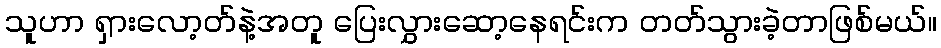
သူဟာ ရှားလော့တ်နဲ့အတူ ပြေးလွှားဆော့နေရင်းက တတ်သွားခဲ့တာဖြစ်မယ်။